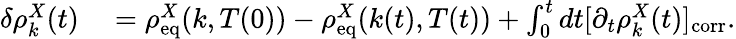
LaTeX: \begin{array}{rl}{\delta\rho_{k}^{X}(t)}&{{}=\rho_{\mathrm{eq}}^{X}(k,T(0))-\rho_{\mathrm{eq}}^{X}(k(t),T(t))+\int_{0}^{t}dt[\partial_{t}\rho_{k}^{X}(t)]_{\mathrm{corr}}.}\end{array}